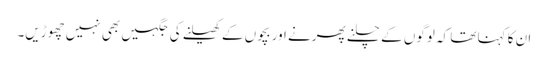
ان کا کہنا تھا کہ لوگوں کے چلنے پھرنے اور بچوں کے کھیلنے کی جگہیں بھی نہیں چھوڑیں۔